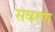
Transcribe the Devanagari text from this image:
सवरण